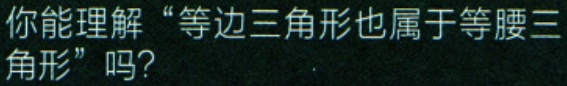
你能理解“等边三角形也属于等腰三

角形”吗?